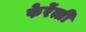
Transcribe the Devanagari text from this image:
फेर्रेत्ती